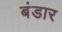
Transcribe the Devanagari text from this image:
बंडार